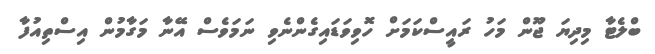
ބްލެޓާ މިދިޔަ ޖޫން މަހު ރައީސްކަމަށް ހޮވިވަޑައިގެންނެވި ނަމަވެސް އޭނާ މަގާމުން އިސްތިއުފާ